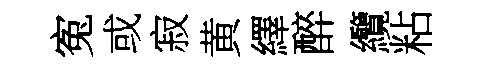
寃或寂黄繹醉纜粘